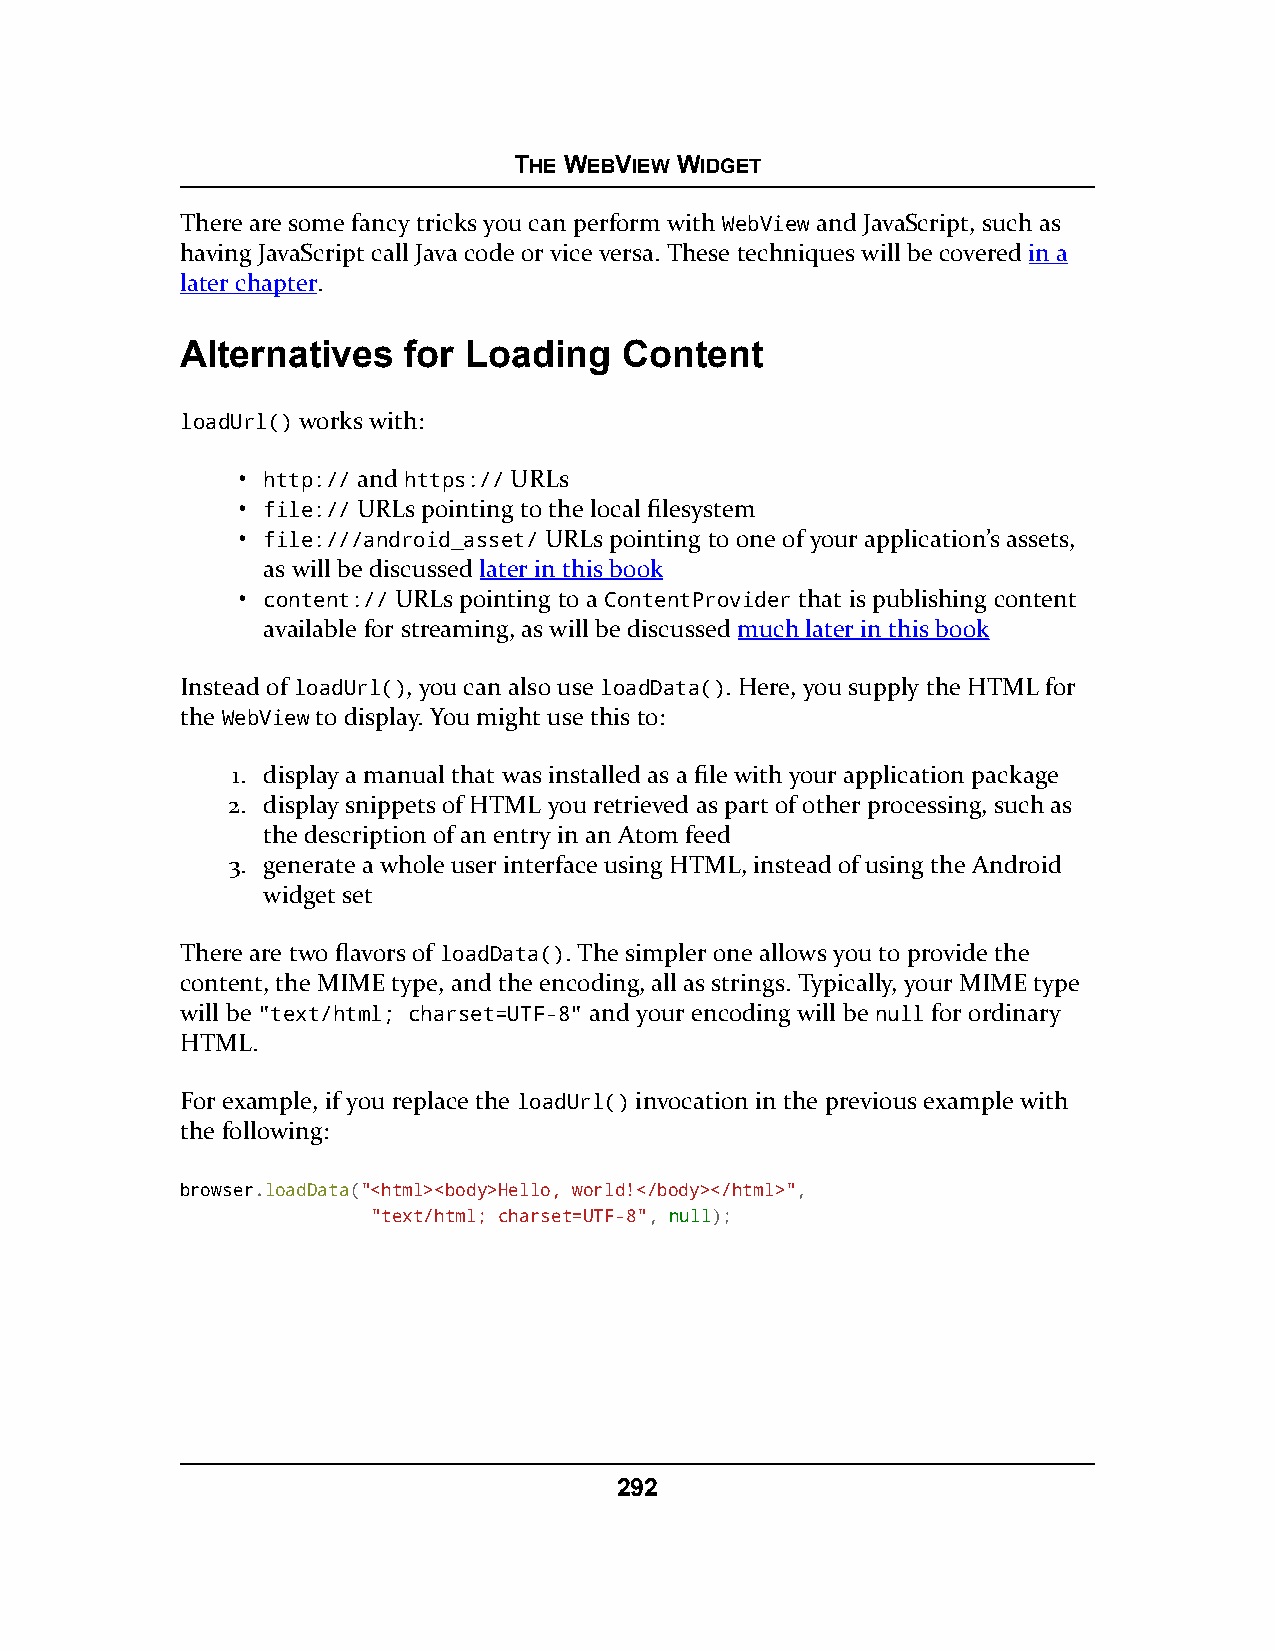
THE WEBVIEW WIDGET
 There are some fancy tricks you can perform with WebView and JavaScript, such as
 having JavaScript call Java code or vice versa. These techniques will be covered in a
 later chapter.
 Alternatives   for Loading   Content
 loadUrl() works with:
 • http:// and https:// URLs
 • file:// URLs pointing to the local filesystem
 • file:///android_asset/ URLs pointing to one of your application’s assets,
 as will be discussed later in this book
 • content:// URLs pointing to a ContentProvider that is publishing content
 available for streaming, as will be discussed much later in this book
 Instead of loadUrl(), you can also use loadData(). Here, you supply the HTML for
 the WebView to display. You might use this to:
 1. display a manual that was installed as a file with your application package
 2. display snippets of HTML you retrieved as part of other processing, such as
 the description of an entry in an Atom feed
 3. generate a whole user interface using HTML, instead of using the Android
 widget set
 There are two flavors of loadData(). The simpler one allows you to provide the
 content, the MIME type, and the encoding, all as strings. Typically, your MIME type
 will be "text/html; charset=UTF-8" and your encoding will be null for ordinary
 HTML.
 For example, if you replace the loadUrl() invocation in the previous example with
 the following:
 browser.loadData("<html><body>Hello, world!</body></html>",
 "text/html; charset=UTF-8", nnuullll);
 292